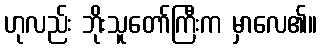
ဟုလည်း ဘိုးသူတော်ကြီးက မှာလေ၏။